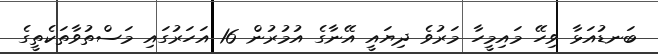
ބަނޑުއަޅާ ވިހޭ މައިމީހާ މަރުވެ ދިޔައީ އޭނާގެ އުމުރުން 16 އަހަރުގައި މަސްތުވާތަކެތީގެ